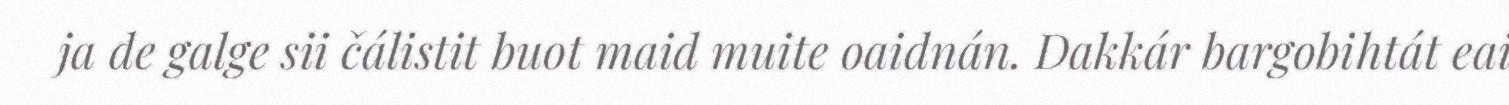
ja de galge sii čálistit buot maid muite oaidnán. Dakkár bargobihtát eai